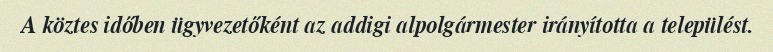
A köztes időben ügyvezetőként az addigi alpolgármester irányította a települést.